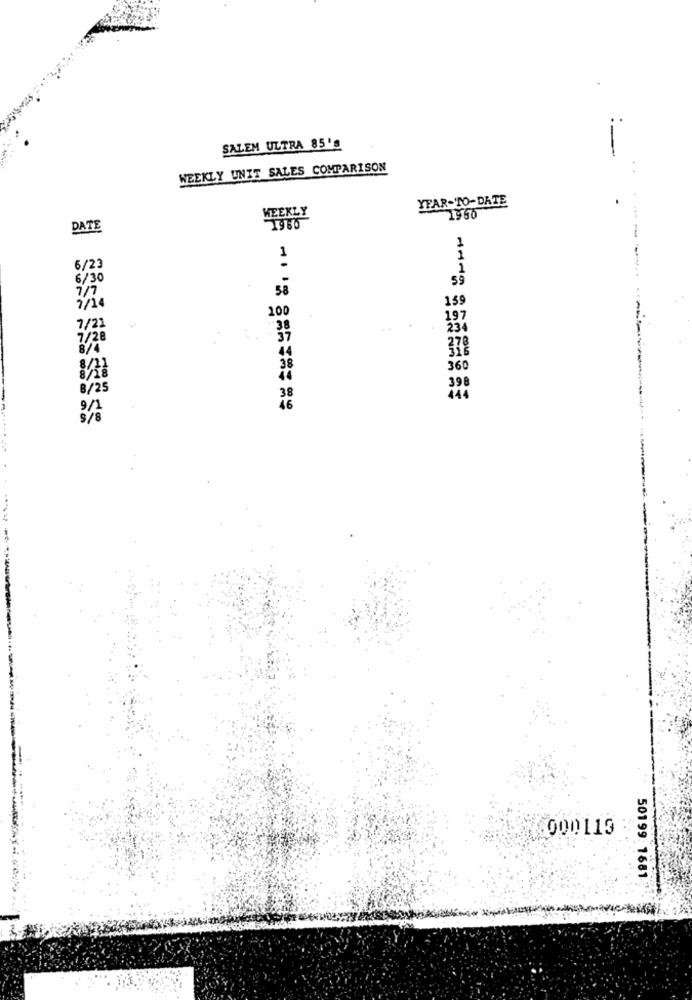
SALEM ULTRA 85's
-
WEEKLY UNIT SALES COMPARISON
YEAR-TO-DATE
1950
WEEKLY
DATE
1
---
1
1
6/23
1
6/30
59
58
7/7
159
1/14
100
197
7/21
23
7/20
360
398
8/25
9/1
46
3/8
000113
50199: 1681